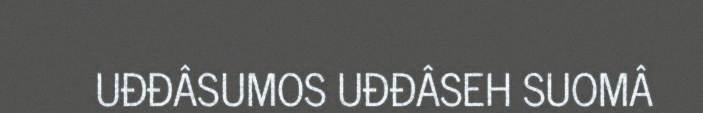
UĐĐÂSUMOS UĐĐÂSEH SUOMÂ